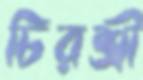
চিরশ্রী